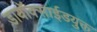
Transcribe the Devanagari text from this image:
डायॉक्साईडयुक्त